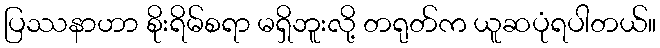
ပြဿနာဟာ စိုးရိမ်စရာ မရှိဘူးလို့ တရုတ်က ယူဆပုံရပါတယ်။